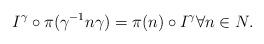
LaTeX: \begin{align*}I^\gamma \circ \pi (\gamma^{-1} n \gamma) = \pi (n) \circ I^\gamma\forall n \in N .\end{align*}